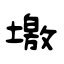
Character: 墽